Report of the Indian Hemp Drugs Commission, 1894-1895 - Volume I
Year: 1894
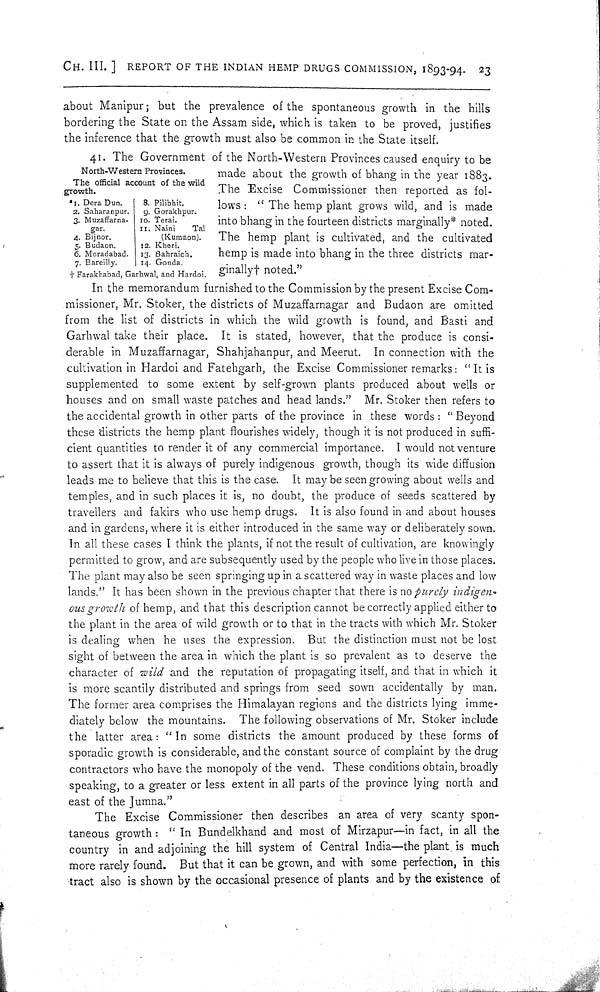
CH. III.] REPORT OF THE INDIAN HEMP DRUGS COMMISSION, 1893-94. 23
about Manipur; but the prevalence of the spontaneous growth in the hills
bordering the State on the Assam side, which is taken to be proved, justifies
the inference that the growth must also be common in the State itself.
North-Western Provinces.
The official account of the wild
growth.
*1. Dera Dun.
8. Pilibhit.
2. Saharanpur.
9. Gorakhpur.
3. Muzaffarna- 10. Terai.
gar.
11. Naini
Tal
4. Bijnor.
(Kumaon).
5. Budaon.
12. Kheri.
6. Moradabad. 13. Bahraich.
7. Bareilly.
14. Gonda.
† Farakhabad, Garhwal, and Hardoi.
41. The Government of the North-Western Provinces caused enquiry to be
made about the growth of bhang in the year 1883.
The Excise Commissioner then reported as fol-
lows: " The hemp plant grows wild, and is made
into bhang in the fourteen districts marginally* noted.
The hemp plant is cultivated, and the cultivated
hemp is made into bhang in the three districts mar-
ginally† noted."
In the memorandum furnished to the Commission by the present Excise Com-
missioner, Mr. Stoker, the districts of Muzaffarnagar and Budaon are omitted
from the list of districts in which the wild growth is found, and Basti and
Garhwal take their place. It is stated, however, that the produce is consi-
derable in Muzaffarnagar, Shahjahanpur, and Meerut. In connection with the
cultivation in Hardoi and Fatehgarh, the Excise Commissioner remarks: "It is
supplemented to some extent by self-grown plants produced about wells or
houses and on small waste patches and head lands." Mr. Stoker then refers to
the accidental growth in other parts of the province in these words: "Beyond
these districts the hemp plant flourishes widely, though it is not produced in suffi-
cient quantities to render it of any commercial importance. I would not venture
to assert that it is always of purely indigenous growth, though its wide diffusion
leads me to believe that this is the case. It may be seen growing about wells and
temples, and in such places it is, no doubt, the produce of seeds scattered by
travellers and fakirs who use hemp drugs. It is also found in and about houses
and in gardens, where it is either introduced in the same way or deliberately sown.
In all these cases I think the plants, if not the result of cultivation, are knowingly
permitted to grow, and are subsequently used by the people who live in those places.
The plant may also be seen springing up in a scattered way in waste places and low
lands." It has been shown in the previous chapter that there is no purely indigen-
ous growth of hemp, and that this description cannot be correctly applied either to
the plant in the area of wild growth or to that in the tracts with which Mr. Stoker
is dealing when he uses the expression. But the distinction must not be lost
sight of between the area in which the plant is so prevalent as to deserve the
character of wild and the reputation of propagating itself, and that in which it
is more scantily distributed and springs from seed sown accidentally by man.
The former area comprises the Himalayan regions and the districts lying imme-
diately below the mountains. The following observations of Mr. Stoker include
the latter area: "In some districts the amount produced by these forms of
sporadic growth is considerable, and the constant source of complaint by the drug
contractors who have the monopoly of the vend. These conditions obtain, broadly
speaking, to a greater or less extent in all parts of the province lying north and
east of the Jumna."
The Excise Commissioner then describes an area of very scanty spon-
taneous growth: "In Bundelkhand and most of Mirzapur—in fact, in all the
country in and adjoining the hill system of Central India—the plant is much
more rarely found. But that it can be grown, and with some perfection, in this
tract also is shown by the occasional presence of plants and by the existence of